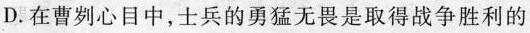
D. 在曹刿心目中，士兵的勇猛无畏是取得战争胜利的